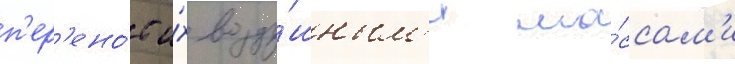
п'ер'ено́с и́х возду́шным'и ма́ссам'и